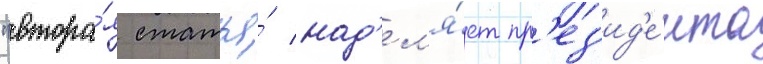
"втора́я статья́ над'ел'я́ет пр'ез'ид'е́нта